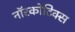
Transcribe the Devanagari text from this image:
नॉरकोटिक्स